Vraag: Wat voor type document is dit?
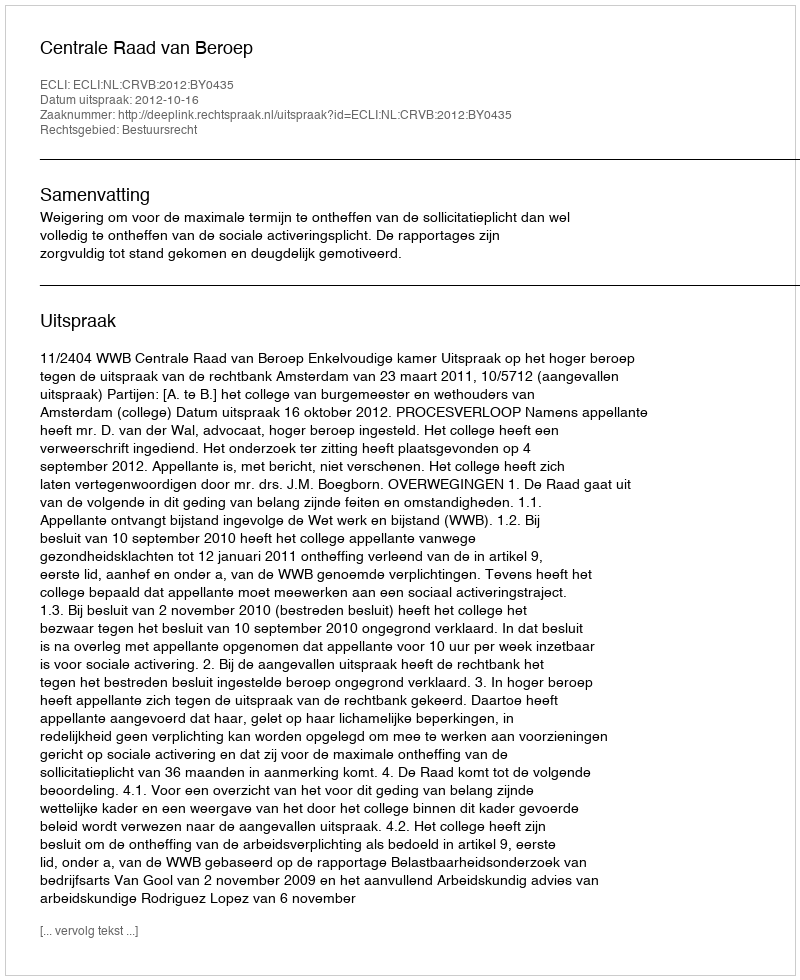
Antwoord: Uitspraak